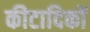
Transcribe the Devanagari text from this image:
कीटादिकों